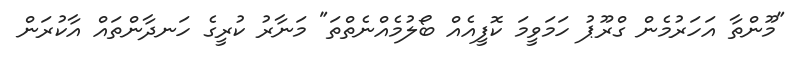
"މޫންތާ އަހަރުމެން ގްރޫޕު ހަމަވީމަ ކޮފީއެއް ބޯލުމެއްނެތްތަ" މަނާރު ކުރީގެ ހަނދާންތައް އާކުރަން